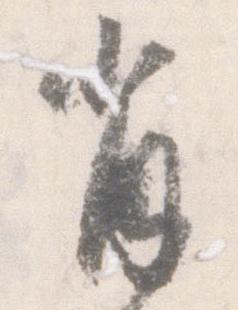
肖